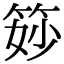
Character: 𥭝